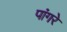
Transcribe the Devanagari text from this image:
पांगरे